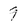
Character: 9